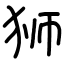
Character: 狮